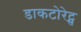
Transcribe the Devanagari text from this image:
डाकटोरेट्स